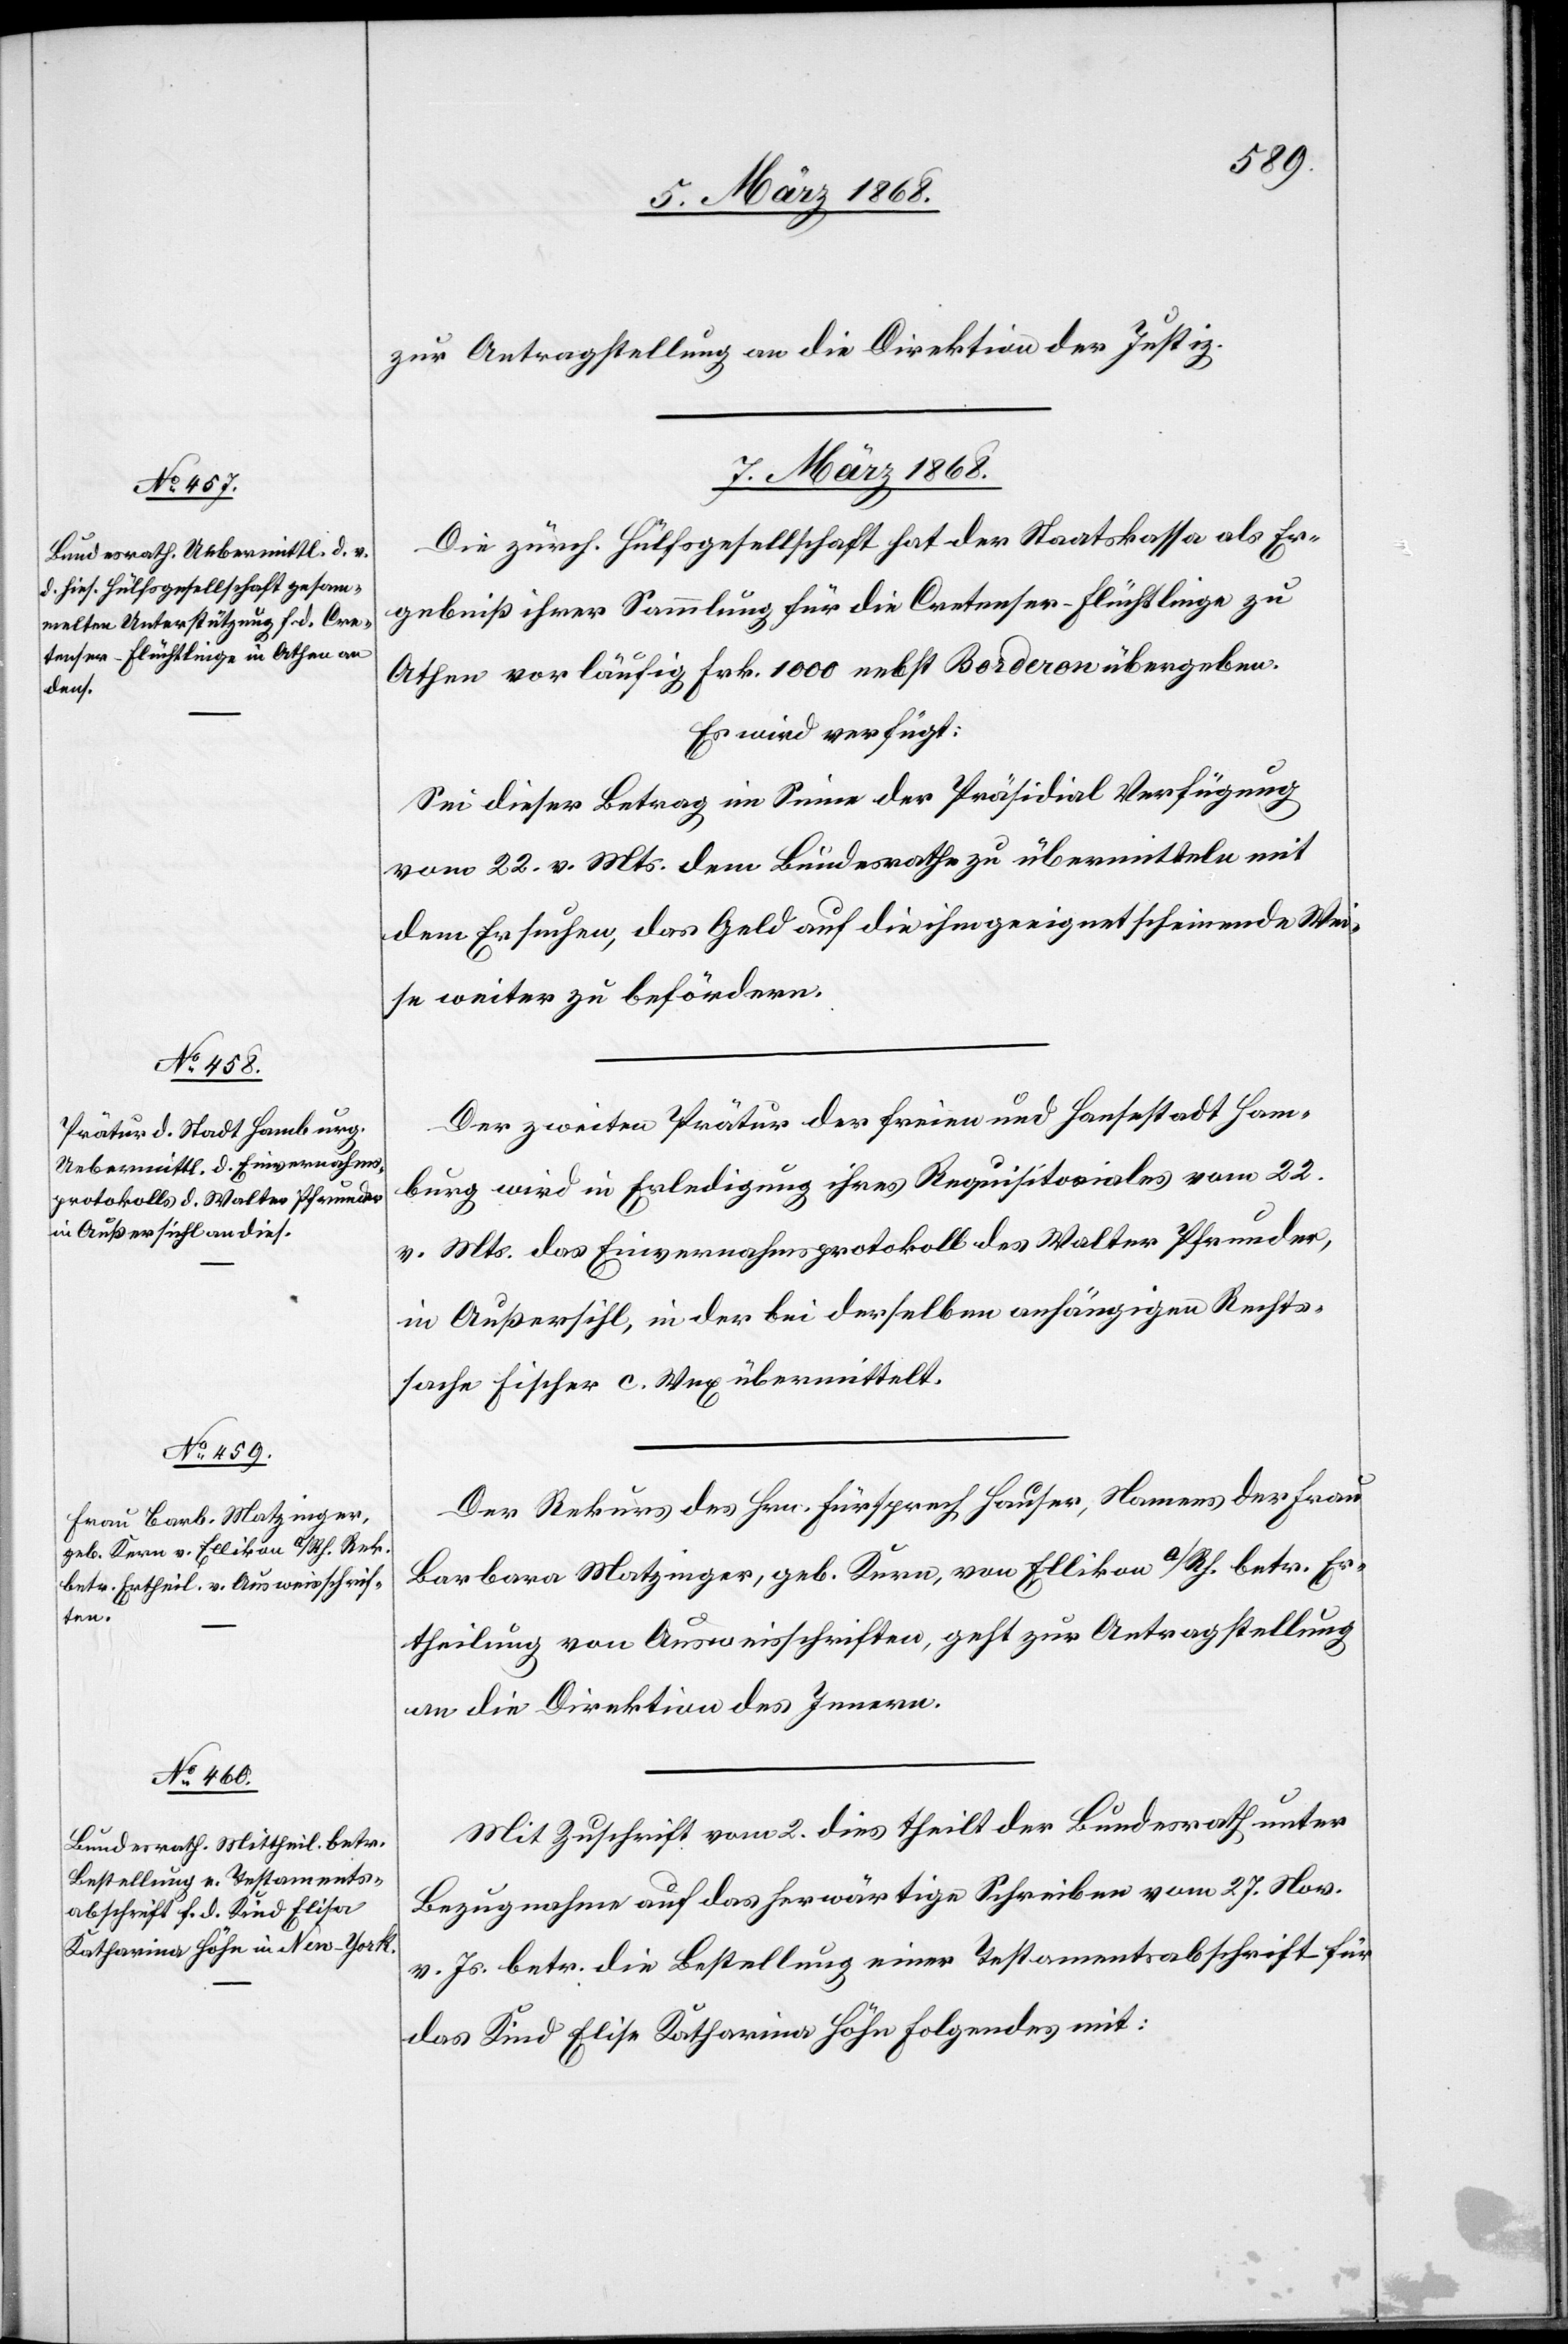
zur Antragstellung an die Direktion der Justiz.
7. März 1868.]
Die zürch. Hülfsgesellschaft hat der Staatskassa als Er¬
gebniß ihrer Sammlung für die Cretenser-Flüchtlinge zu
Athen vorläufig Frk. 1000 nebst Borderon übergeben.
Es wird verfügt:
Sei dieser Betrag im Sinne der Präsidial[-]Verfügung
vom 22. v. Mts. dem Bundesrathe zu übermitteln mit
dem Ersuchen, das Geld auf die ihm geeignet scheinende Wei¬
se weiter zu befördern.
Der zweiten Prätur der freien und Hansestadt Ham¬
burg wird in Erledigung ihres Requisitoriales vom 22.
v. Mts. das Einvernahmsprotokoll des Walter Pfrunder,
in Außersihl, in der bei derselben anhängigen Rechts¬
sache Fischer c. Wex übermittelt.
Der Rekurs des Hrn. Fürsprech Hauser, Namens der Frau
Barbara Matzinger, geb. Kern, von Ellikon a/Rh. betr. Er¬
theilung von Ausweisschriften, geht zur Antragstellung
an die Direktion des Innern.
Mit Zuschrift vom 2. dies theilt der Bundesrath unter
Bezugnahme auf das herwärtige Schreiben vom 27. Nov.
v. Js. betr. die Bestellung einer Testamentsabschrift für
das Kind Elise [sic!] Katharina Höhn Folgendes mit: